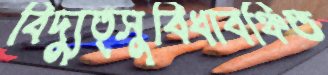
বিদ্যুত্সুবিধাবঞ্চিত